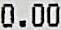
0.00